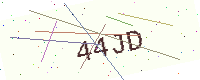
Text: 44JD